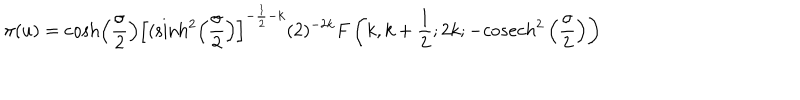
LaTeX: \pi ( u ) = \cosh \left( \frac { \sigma } { 2 } \right) \left[ ( \sinh ^ { 2 } \left( \frac { \sigma } { 2 } \right) \right] ^ { - \frac { 1 } { 2 } - k } ( 2 ) ^ { - 2 k } F \left( k , k + \frac { 1 } { 2 } ; 2 k ; - c o s e c h ^ { 2 } \left( \frac { \sigma } { 2 } \right) \right)